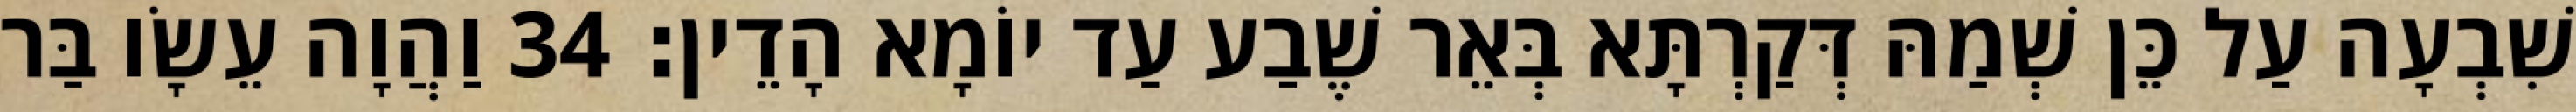
שִׁבְעָה עַל כֵּן שְׁמַהּ דְּקַרְתָּא בְּאֵר שֶׁבַע עַד יוֹמָא הָדֵין׃ 34 וַהֲוָה עֵשָׂו בַּר